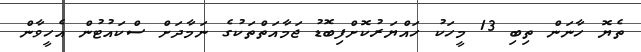
ތެޔޮ ހާނަން ތިބި 13 މީހަކު ހައްޔަރުކޮށްފިބޮޑު ޖަމާއަތްތަކުގެ ނަމާދަށް ސްކައުޓުން އެހީވާން